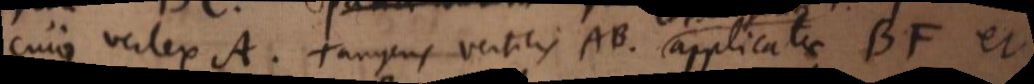
cujus vertex A Tangens verticis AB applicatae BF et